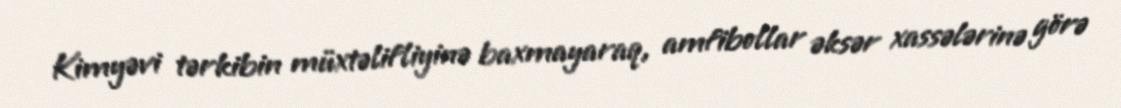
Kimyəvi tərkibin müxtəlifliyinə baxmayaraq, amfibollar əksər xassələrinə görə